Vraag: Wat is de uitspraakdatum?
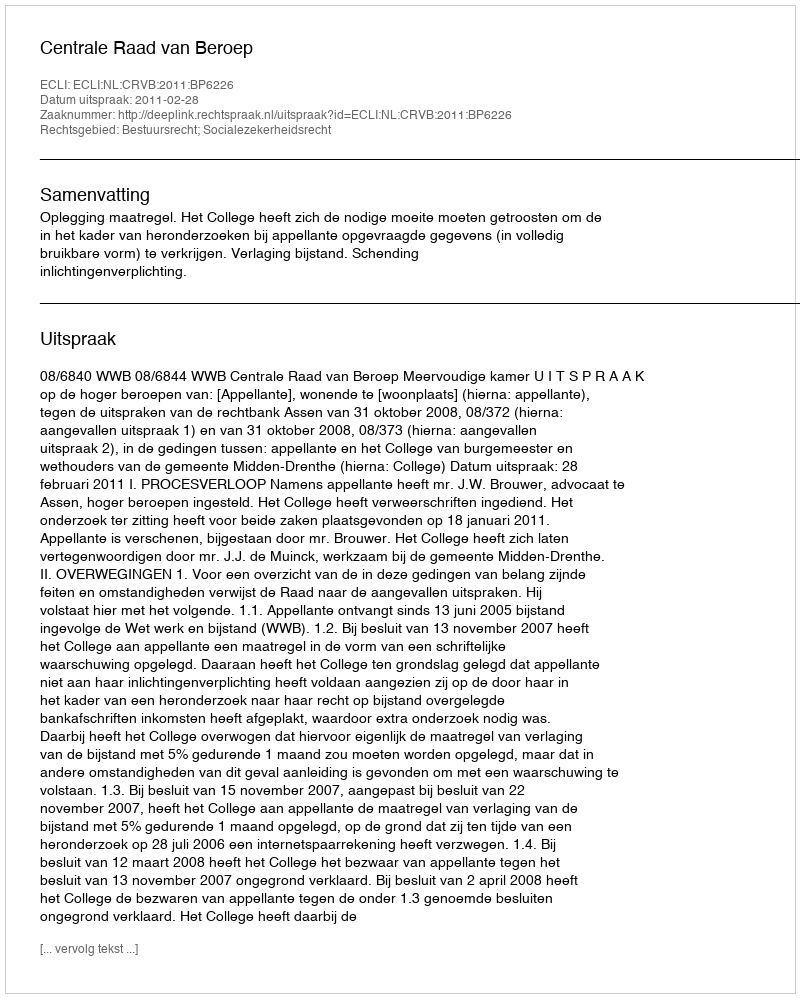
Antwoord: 2011-02-28